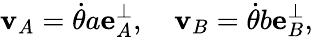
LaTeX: \mathbf{v}_{A}={\dot{\theta}}a\mathbf{e}_{A}^{\perp},\quad\mathbf{v}_{B}={\dot{\theta}}b\mathbf{e}_{B}^{\perp},